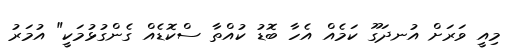
މިއީ ވަރަށް އުނދަގޫ ކަމެއް އެހާ ބޮޑު ކުއްތާ ސްކޮޑެއް ގެންގުޅުމަކީ" އުމަރު